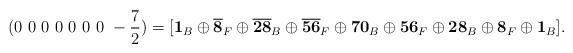
LaTeX: \begin{align*}(0~0~0~0~0~0~0~-\frac{7}{2}) = [{\bf 1}_B \oplus {\bf \overline{8}}_F \oplus {\bf \overline{28}}_B \oplus {\bf \overline{56}}_F \oplus {\bf 70}_B \oplus {\bf 56}_F \oplus {\bf 28}_B \oplus {\bf 8}_F \oplus {\bf 1}_B].\end{align*}